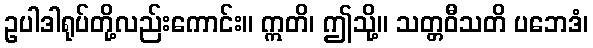
ဥပါဒါရုပ်တို့လည်းကောင်း။ ဣတိ၊ ဤသို့။ သတ္တဝီသတိ ပဘေဒံ၊